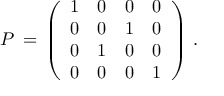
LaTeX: P \, = \, \left( \begin{array} { c c c c } { { 1 } } & { { 0 } } & { { 0 } } & { { 0 } } \\ { { 0 } } & { { 0 } } & { { 1 } } & { { 0 } } \\ { { 0 } } & { { 1 } } & { { 0 } } & { { 0 } } \\ { { 0 } } & { { 0 } } & { { 0 } } & { { 1 } } \end{array} \right) \, .